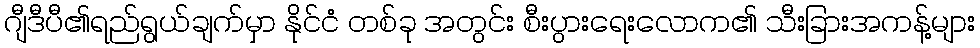
ဂျီဒီပီ၏ရည်ရွယ်ချက်မှာ နိုင်ငံ တစ်ခု အတွင်း စီးပွားရေးလောက၏ သီးခြားအကန့်များ